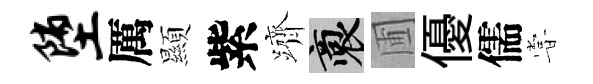
堕厲顯紫躋裔圃優儒甞